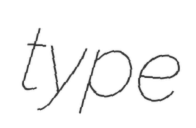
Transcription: type